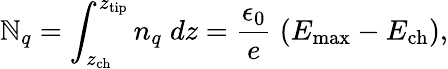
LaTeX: \mathbb{N}_{q}=\int_{z_{\mathrm{{ch}}}}^{z_{\mathrm{{tip}}}}n_{q}\; dz=\frac{{\epsilon_{0}}}{e}\; (E_{\mathrm{{max}}}-E_{\mathrm{{ch}}}),